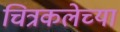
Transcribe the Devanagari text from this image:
चित्रकलेच्‍या